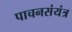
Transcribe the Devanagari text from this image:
पाचनसंयंत्र